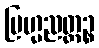
ဗြဟ္မညတ္ထဉ္စ